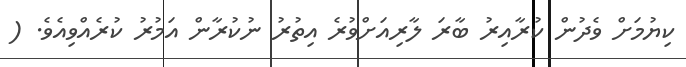
ކިޔުމަށް ވެދުން ކުރާއިރު ބާރަ ލާރިއަށްވުރެ އިތުރު ނުކުރާން އަމުރު ކުރެއްވިއެވެ. (